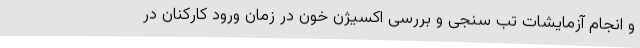
و انجام آزمایشات تب سنجی و بررسی اکسیژن خون در زمان ورود کارکنان در